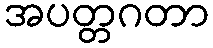
အပတ္တဂတာ